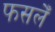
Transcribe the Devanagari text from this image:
फसलेँ